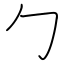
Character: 勹